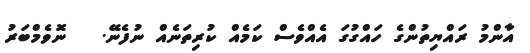
އާންމު ރައްޔިތުންގެ ހައްގުގަ އެއްވެސް ކަމެއް ކުރިތަނެއް ނުފެނޭ.   ނޮވެމްބަރު